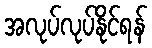
အလုပ်လုပ်နိုင်ရန်